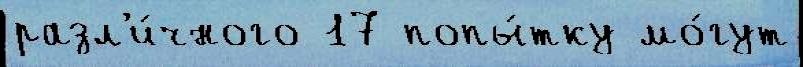
разл'и́чного 17 попы́тку мо́гут